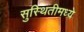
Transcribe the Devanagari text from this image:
सुस्थितीमध्ये